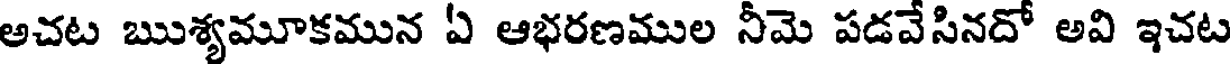
అచట ఋశ్యమూకమున ఏ ఆభరణముల నీమె పడవేసినదో అవి ఇచట